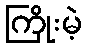
ကြိုးမဲ့